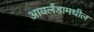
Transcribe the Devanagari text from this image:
आयर्लंडामधील